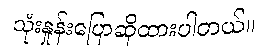
သုံးနှုန်းပြောဆိုထားပါတယ်။